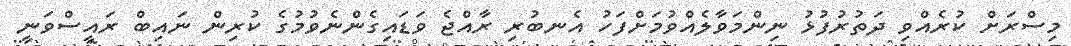
މިސްރަށް ކުރެއްވި ދަތުރުފުޅު ނިންމަވާލެއްވުމަށްފަހު އެނބުރި ރާއްޖެ ވަޑައިގެންނެވުމުގެ ކުރިން ނައިބް ރައީސްވަނީ